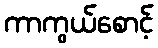
ကာကွယ်စောင့်